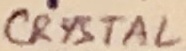
Text: CRYSTAL